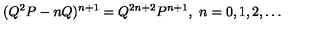
( Q ^ { 2 } P - n Q ) ^ { n + 1 } = Q ^ { 2 n + 2 } P ^ { n + 1 } , \ n = 0 , 1 , 2 , \ldots